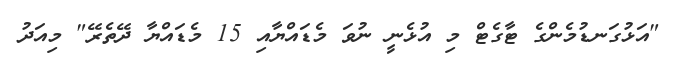
"އަޅުގަނޑުމެންގެ ޓާގެޓް މި އުޅެނީ ނުވަ މެޑައްޔާއި 15 މެޑައްޔާ ދޭތެރޭ" މިއަދު